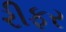
રીફર